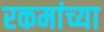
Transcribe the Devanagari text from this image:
रकमांच्या